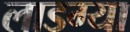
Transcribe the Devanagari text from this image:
लाडग्या